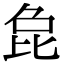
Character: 㲋